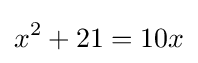
x^{2}+21=10x